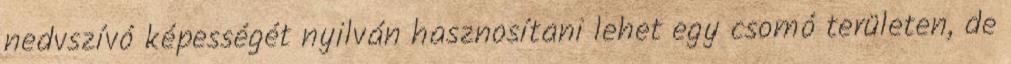
nedvszívó képességét nyilván hasznosítani lehet egy csomó területen, de